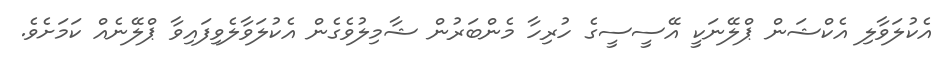
އެކުލަވާލި އެކްޝަން ޕްލޭނަކީ އޭސީސީގެ ހުރިހާ މެންބަރުން ޝާމިލުވެގެން އެކުލަވާލެވިފައިވާ ޕްލޭނެއް ކަމަށެވެ.